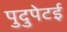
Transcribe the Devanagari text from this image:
पुदुपेटई